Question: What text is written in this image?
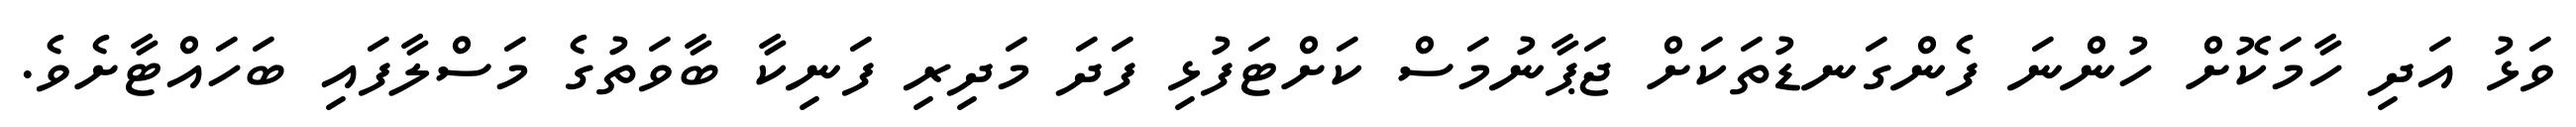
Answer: ވަޅު އަދި ހާމަކޮށް ހުންނަ ފެންގަނޑުތަކަށް ޖަޕާނުމަސް ކަށްޓަފުޅި ފަދަ މަދިރި ފަނިކާ ބާވަތުގެ މަސްލާފައި ބަހައްޓާށެވެ.